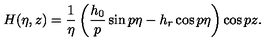
H ( \eta , z ) = \frac 1 \eta \left( \frac { h _ { 0 } } p \sin p \eta - h _ { r } \cos p \eta \right) \cos p z .